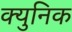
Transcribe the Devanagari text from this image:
क्युनिक